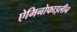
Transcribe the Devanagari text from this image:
ऐमिनोफाइलीन